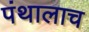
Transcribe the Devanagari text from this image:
पंथालाच